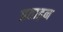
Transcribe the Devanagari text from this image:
प्रताड़न